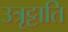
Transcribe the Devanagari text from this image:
उत्रृट्टाति